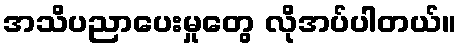
အသိပညာပေးမှုတွေ လိုအပ်ပါတယ်။